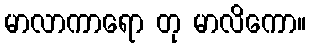
မာလာကာရော တု မာလိကော။